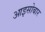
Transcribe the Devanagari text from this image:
आइसोबार